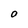
Character: O